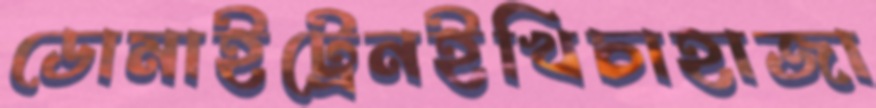
ডোমাইট্রেনইখিচাহাজা